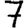
Digit: 7